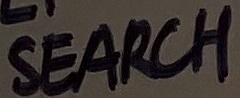
Text: SEARCH